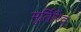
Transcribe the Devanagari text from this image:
मूर्तिरिव